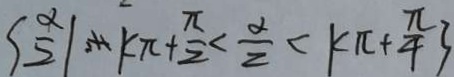
S \frac { x } { 2 } \vert \eta s u r e + k \pi + \frac { \pi } { 2 } < \frac { \alpha } { 2 } < k \pi + \frac { \pi } { 4 } 3